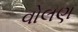
વોલણ